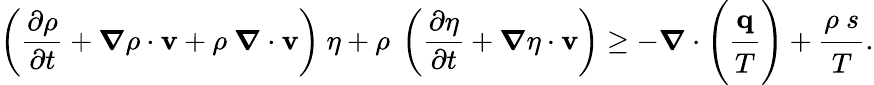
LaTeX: \left({\frac{\partial\rho}{\partial t}}+{\boldsymbol{\nabla}}\rho\cdot\mathbf{v}+\rho~{\boldsymbol{\nabla}}\cdot\mathbf{v}\right)~\eta+\rho~\left({\frac{\partial\eta}{\partial t}}+{\boldsymbol{\nabla}}\eta\cdot\mathbf{v}\right)\geq-{\boldsymbol{\nabla}}\cdot\left({\cfrac{\mathbf{q}}{T}}\right)+{\cfrac{\rho~s}{T}}.